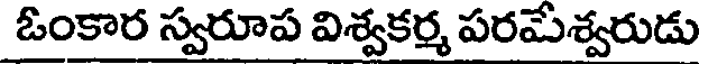
ఓంకార స్వరూప విశ్వకర్మ పరమేశ్వరుడు